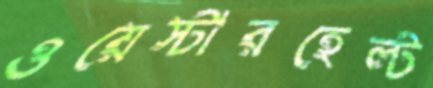
ওয়েস্টারহেল্ট